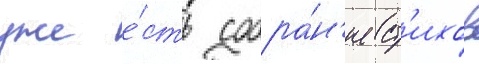
уже е́сть собра́н'ие ст'ихов